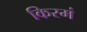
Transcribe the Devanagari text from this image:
किरमं